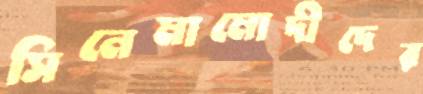
সিনেমামোদীদের